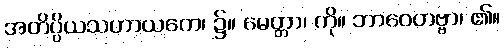
အတိပ္ပိယသဟာယကေ၊ ၌။ မေတ္တာ၊ ကို။ ဘာဝေတဗ္ဗာ၊ ၏။